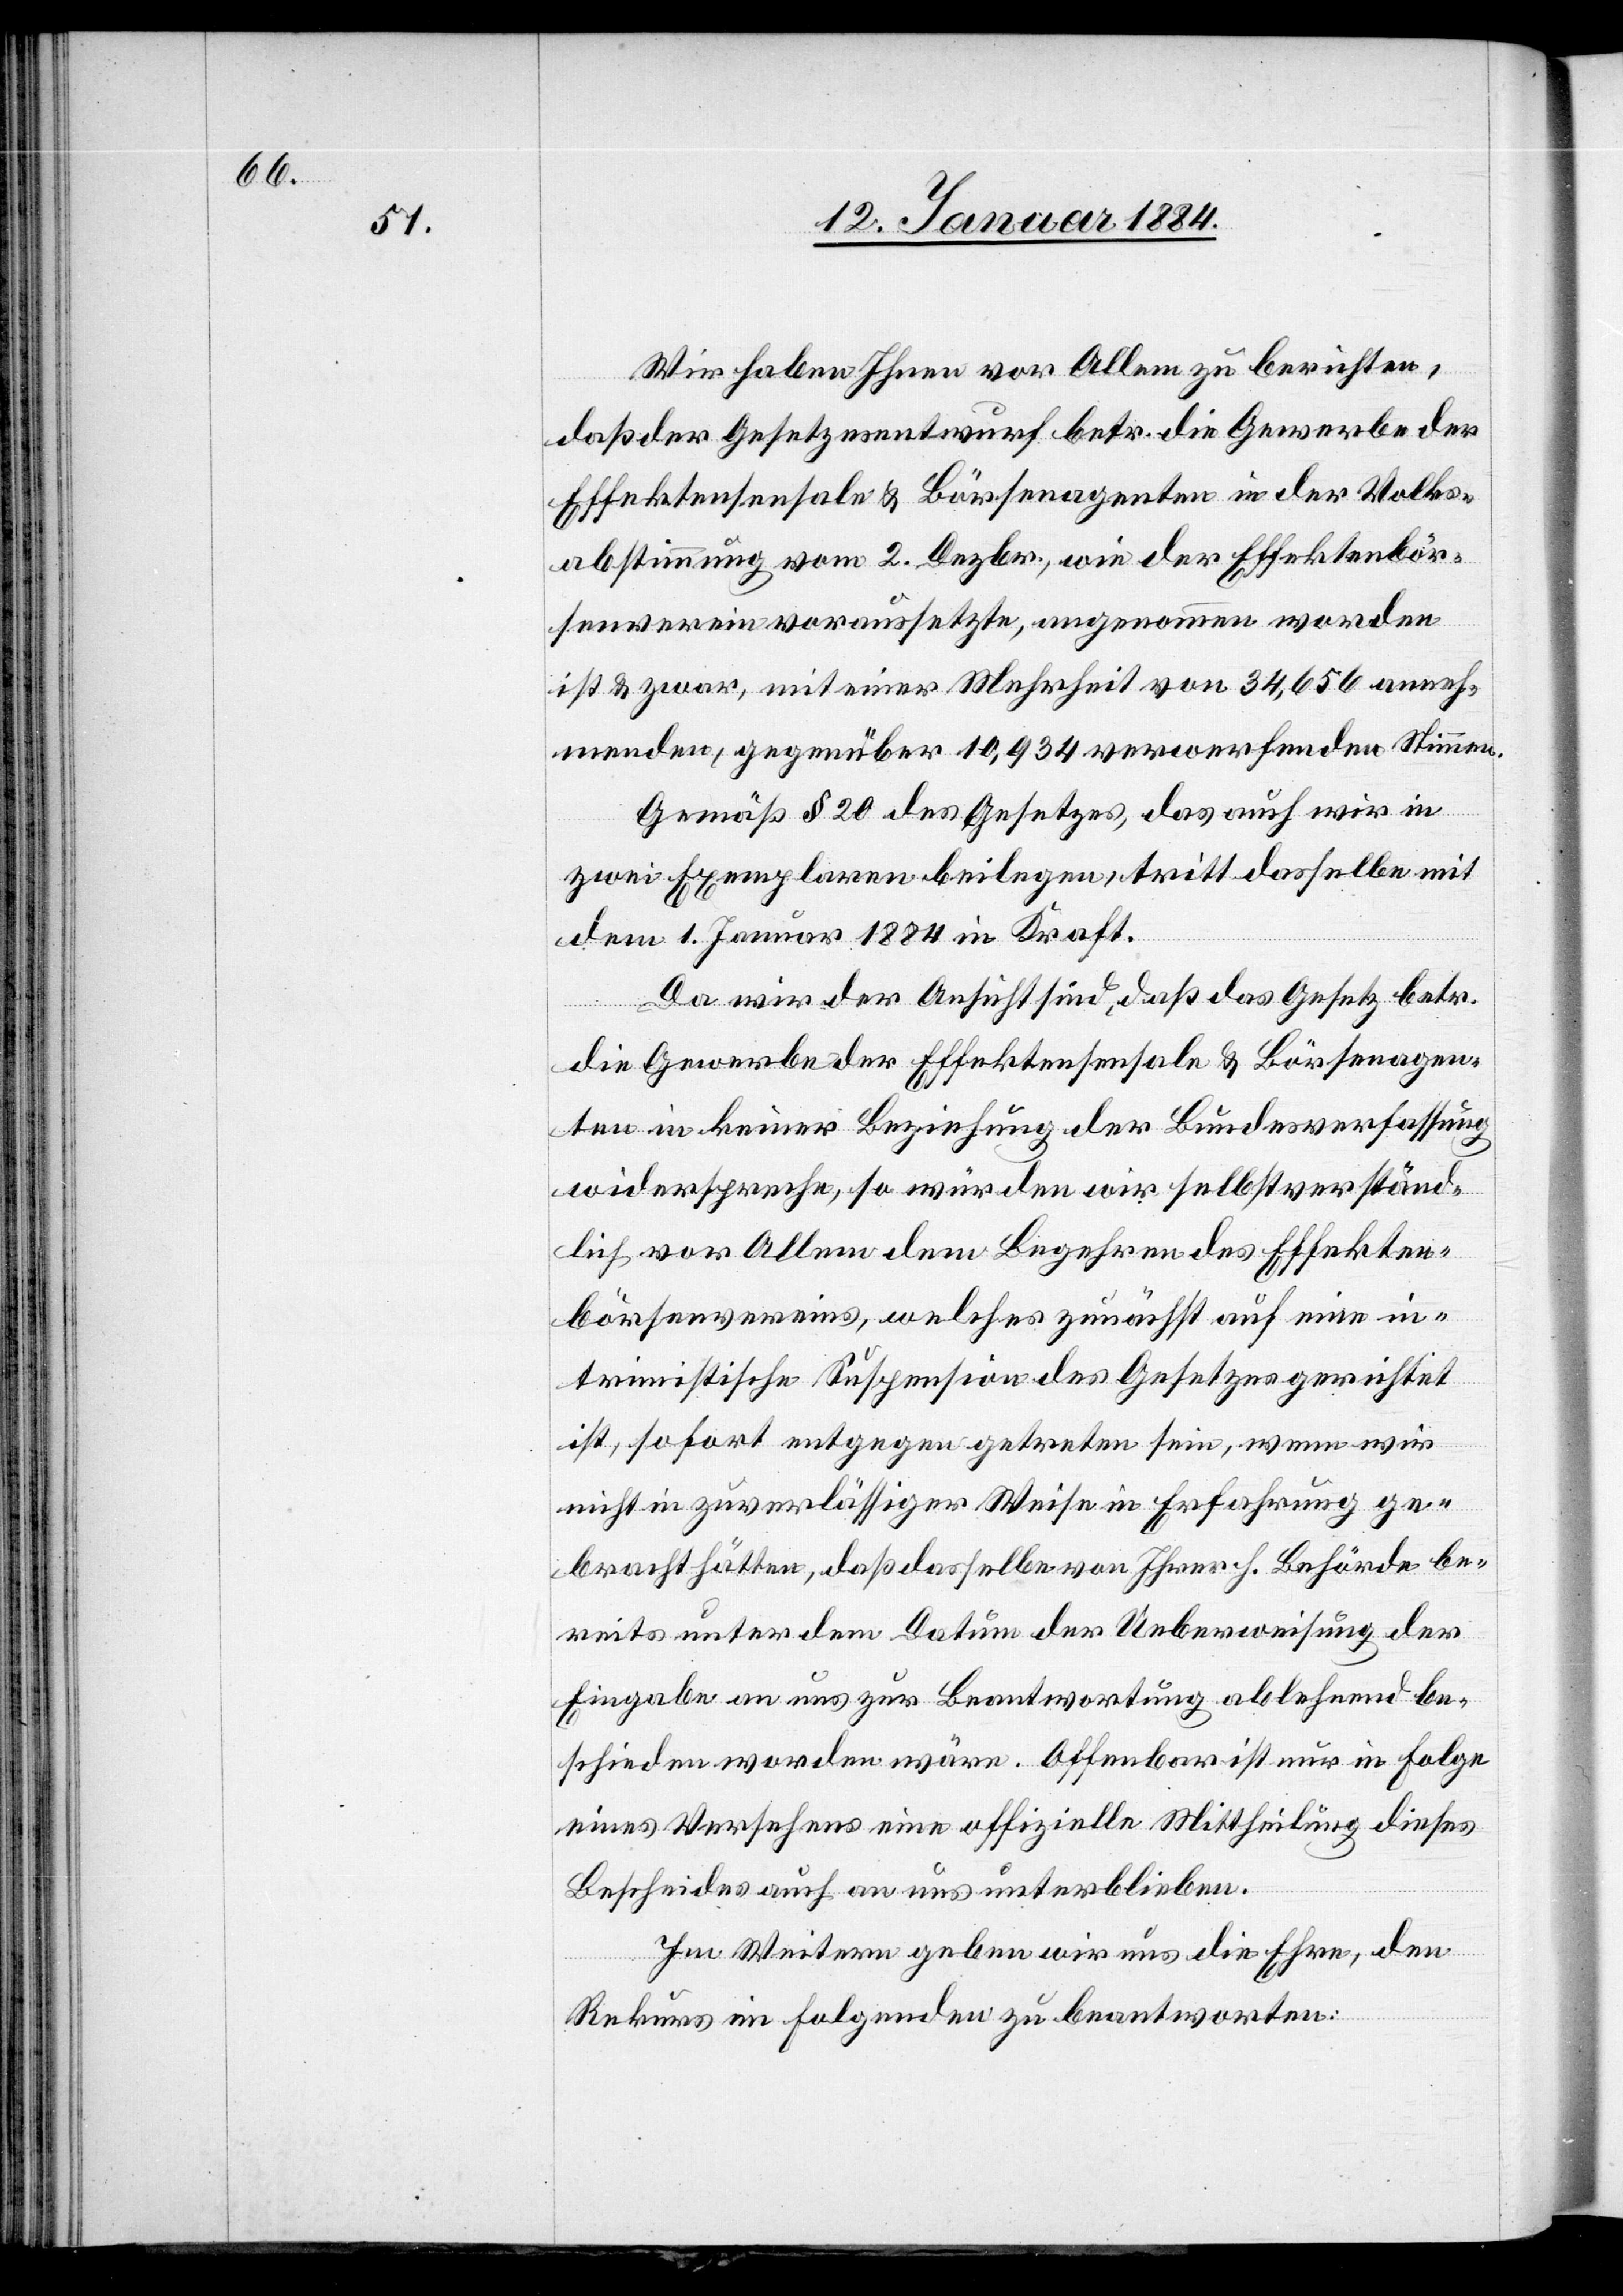
Wir haben Ihnen vor Allem zu berichten,
daß der Gesetzesentwurf betr. die Gewerbe der
Effektensensale & Börsenagenten in der Volks¬
abstimmung vom 2. Dezbr., wie der Effektenbör¬
senverein voraussetzte, angenommen worden
ist & zwar, mit einer Mehrheit von 34,656 anneh¬
menden, gegenüber 10,934 verwerfenden Stimmen.
Gemäß § 20 des Gesetzes, das auch wir in
zwei Exemplaren beilegen, tritt dasselbe mit
dem 1. Januar 1884 in Kraft.
Da wir der Ansicht sind, daß das Gesetz betr.
die Gewerbe der Effektensensale & Börsenagen¬
ten in keiner Beziehung der Bundesverfassung
widerspreche, so würden wir selbstverständ¬
lich vor Allem dem Begehren des Effekten¬
börsenvereins, welches zunächst auf eine in¬
trinsische Suspension des Gesetzes gerichtet
ist, sofort entgegen getreten sein, wenn wir
nicht in zuverlässiger Weise in Erfahrung ge¬
bracht hätten, daß dasselbe von Ihrer h. Behörde be¬
reits unter dem Datum der Ueberweisung der
Eingabe an uns zur Beantwortung ablehnend be¬
schieden worden wäre. Offenbar ist nur in Folge
eines Versehens eine offizielle Mittheilung dieses
Bescheides auch an uns unterblieben.
Im Weiteren geben wir uns die Ehre, den
Rekurs im Folgenden zu beantworten: